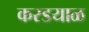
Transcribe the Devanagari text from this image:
करडयाळ